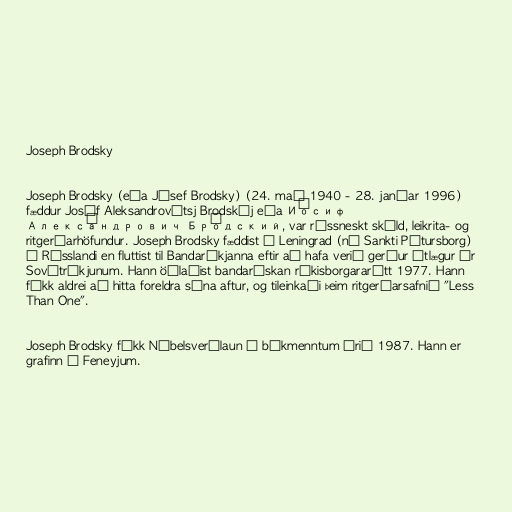
Joseph Brodsky

Joseph Brodsky (eða Jósef Brodsky) (24. maí 1940 - 28. janúar 1996)
fæddur Josíf Aleksandrovítsj Brodskíj eða Ио́сиф
Алекса́ндрович Бро́дский, var rússneskt skáld, leikrita- og
ritgerðarhöfundur. Joseph Brodsky fæddist í Leningrad (nú Sankti Pétursborg)
í Rússlandi en fluttist til Bandaríkjanna eftir að hafa verið gerður útlægur úr
Sovétríkjunum. Hann öðlaðist bandarískan ríkisborgararétt 1977. Hann
fékk aldrei að hitta foreldra sína aftur, og tileinkaði þeim ritgerðarsafnið "Less
Than One".

Joseph Brodsky fékk Nóbelsverðlaun í bókmenntum árið 1987. Hann er
grafinn í Feneyjum.